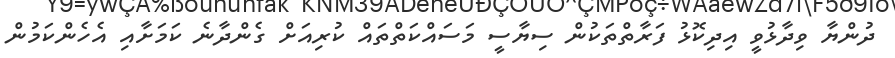
ދުންޔާ ވިދާޅުވީ އިދިކޮޅު ފަރާތްތަކުން ސިޔާސީ މަސައްކަތްތައް ކުރިއަށް ގެންދާނެ ކަމަށާއި އެހެންކަމުން